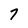
Character: 7